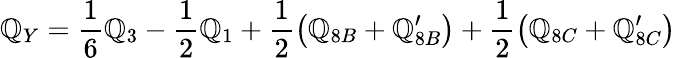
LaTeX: \mathbb{Q}_{Y}=\frac{{1}}{{6}}\mathbb{Q}_{3}-\frac{{1}}{{2}}\mathbb{Q}_{1}+\frac{{1}}{{2}}\left(\mathbb{Q}_{8B}+\mathbb{Q}_{8B}^{\prime}\right)+\frac{{1}}{{2}}\left(\mathbb{Q}_{8C}+\mathbb{Q}_{8C}^{\prime}\right)